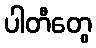
ပါတီတွေ